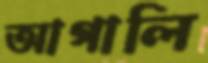
আগালি